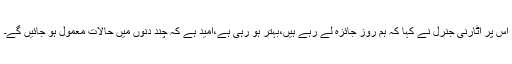
اس پر اٹارنی جنرل نے کہا کہ ہم روز جائزہ لے رہے ہیں،بہتر ہو رہی ہے،امید ہے کہ چند دنوں میں حالات معمول ہو جائیں گے۔